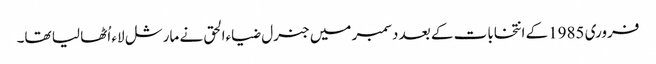
فروری 1985کے انتخابات کے بعد دسمبر میں جنرل ضیاءالحق نے مارشل لاء اُٹھا لیا تھا۔